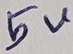
Text: 5V